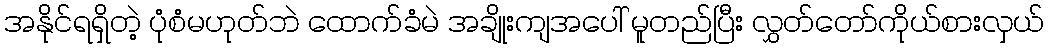
အနိုင်ရရှိတဲ့ ပုံစံမဟုတ်ဘဲ ထောက်ခံမဲ အချိုးကျအပေါ် မူတည်ပြီး လွှတ်တော်ကိုယ်စားလှယ်